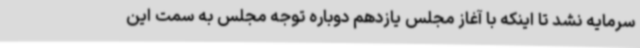
سرمایه نشد تا اینکه با آغاز مجلس یازدهم دوباره توجه مجلس به سمت این